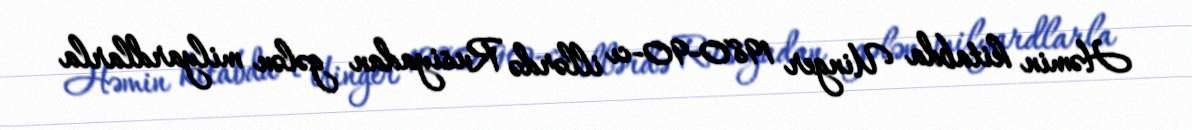
Həmin kitabda Uinger 1980-90-cı illərdə Rusiyadan gələn milyardlarla